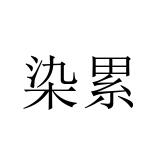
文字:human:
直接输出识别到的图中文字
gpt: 染累